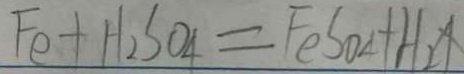
F e + H _ { 2 } S O _ { 4 } = F e S O _ { 4 } + H _ { 2 } \uparrow